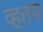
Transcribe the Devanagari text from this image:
व्हतय